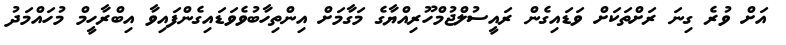
އަށް ވުރެ ގިނަ ރަށްތަކަށް ވަޑައިގެން ރައީސުލްޖުމްހޫރިއްޔާގެ މަގާމަށް އިންތިހާބުވެވަޑައިގެންފައިވާ އިބްރާހީމް މުހައްމަދު